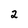
Character: 2